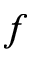
f